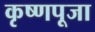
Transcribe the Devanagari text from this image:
कृष्‍णपूजा